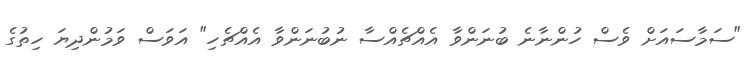
"ސަމާސައަށް ވެސް ހުންނާނެ ބުނަންވާ އެއްޗެއްސާ ނުބުނަންވާ އެއްޗެހި" އަވަސް ވަމުންދިޔަ ހިތުގެ